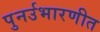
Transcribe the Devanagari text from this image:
पुनर्उभारणीत